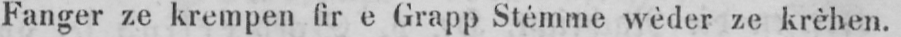
Fanger ze krempen fir e Grapp Stémme wèder ze krèhen.